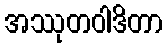
အဿုတဝါဒိတာ